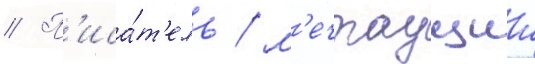
// П'иса́т'ель / м'ечтаущии